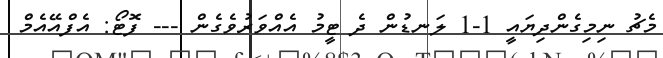
މެޗު ނިމިގެންދިޔައީ 1-1 ލަނޑުން ދެ ޓީމު އެއްވަރުވެގެން --- ފޮޓޯ: އެފްއޭއެމް